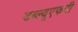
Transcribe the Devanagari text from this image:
डब्ल्यूएफपी